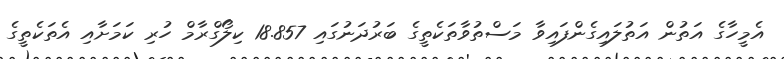
އެމީހާގެ އަތުން އަތުލައިގެންފައިވާ މަސްތުވާތަކެތީގެ ބަރުދަނުގައި 18.857 ކިލޯގްރާމް ހުރި ކަމަށާއި އެތަކެތީގެ